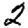
Digit: 2